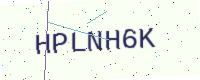
Text: HPLNH6K